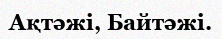
Ақтәжі, Байтәжі.